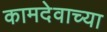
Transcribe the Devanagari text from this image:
कामदेवाच्या